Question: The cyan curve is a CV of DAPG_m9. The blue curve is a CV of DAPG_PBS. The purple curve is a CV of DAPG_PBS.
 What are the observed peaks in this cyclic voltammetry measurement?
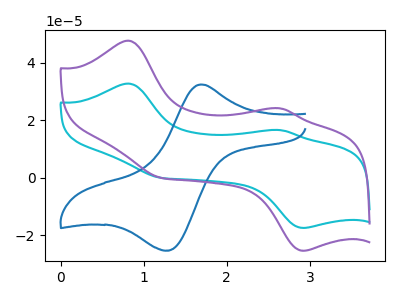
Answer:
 <answer>The cyan curve "DAPG_m9" has anodic peaks at (0.80V, 32.80uA) (2.65V, 16.60uA) and cathodic peaks at (2.90V, -17.45uA) (1.20V, 0.00uA). The blue curve "DAPG_PBS" has an anodic peak at (1.70V, 32.50uA) and a cathodic peak at (1.25V, -25.35uA). The purple curve "DAPG_PBS" has anodic peaks at (0.80V, 47.70uA) (2.65V, 24.15uA) and cathodic peaks at (2.90V, -25.40uA) (1.20V, 0.00uA).</answer>
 <eval></eval>